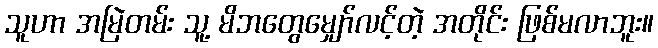
သူဟာ အမြဲတမ်း သူ့ မိဘတွေမျှော်လင့်တဲ့ အတိုင်း ဖြစ်မလာဘူး။